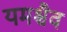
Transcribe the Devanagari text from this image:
यमश्चैव